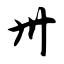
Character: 卅